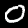
Label: 0